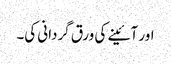
اور آئینے کی ورق گردانی کی۔